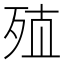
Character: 𰙽